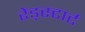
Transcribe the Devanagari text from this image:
रेड्स्टार्ट